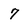
Character: 7